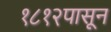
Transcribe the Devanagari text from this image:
१८१२पासून